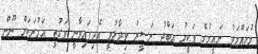
މުހައްމަދު ނައީމުގެ ވަކީލު އަބްދު ނަސީރު ވިދާޅުވީ އެދިފައިވާނީ ވަގުތީ އަމުރަކަށް ނޫން